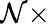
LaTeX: \mathcal{N}\times